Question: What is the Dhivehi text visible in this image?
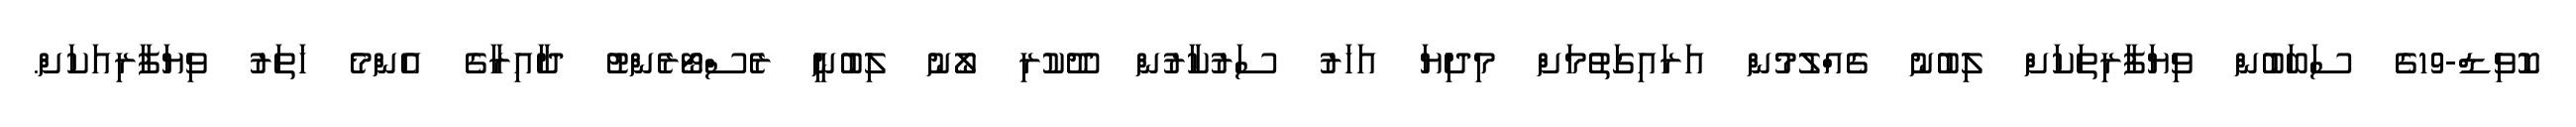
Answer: ކޮވިޑް-19ގެ ސަބަބުން ވިޔަފާރިތަކަށް ލިބުނު ގެއްލުމުން އަރައިގަތުމަށް މިދިޔަ އަހަރު ސަރުކާރުން ދޫކުރި ލޯނު ލިބުނީ ރެސްޓޯރެންޓު ދާއިރާގެ އެންމެ ހަތަރު ވިޔަފާރިއަކަށް.